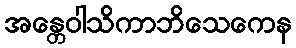
အန္တေဝါသိကာဘိသေကေန